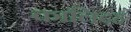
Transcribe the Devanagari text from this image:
कालिदह